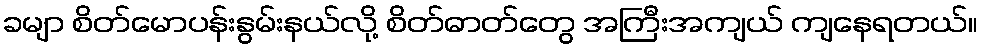
ခမျာ စိတ်မောပန်းနွမ်းနယ်လို့ စိတ်ဓာတ်တွေ အကြီးအကျယ် ကျနေရတယ်။